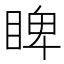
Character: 睥